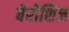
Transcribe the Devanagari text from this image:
बेरोशिज